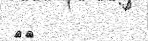
٣٢